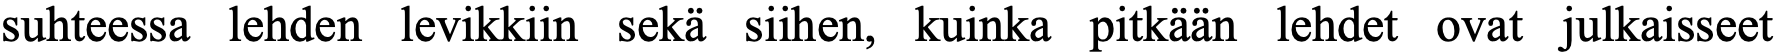
suhteessa lehden levikkiin sekä siihen, kuinka pitkään lehdet ovat julkaisseet